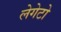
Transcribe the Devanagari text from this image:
लेगेटो